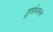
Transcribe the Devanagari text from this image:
ट्राईथलन